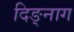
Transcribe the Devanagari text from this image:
दिङ्‌नाग